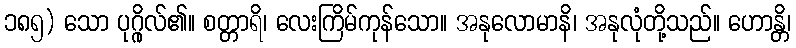
၁၈၅) သော ပုဂ္ဂိုလ်၏။ စတ္တာရိ၊ လေးကြိမ်ကုန်သော။ အနုလောမာနိ၊ အနုလုံတို့သည်။ ဟောန္တိ၊